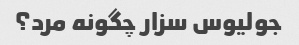
جولیوس سزار چگونه مرد؟